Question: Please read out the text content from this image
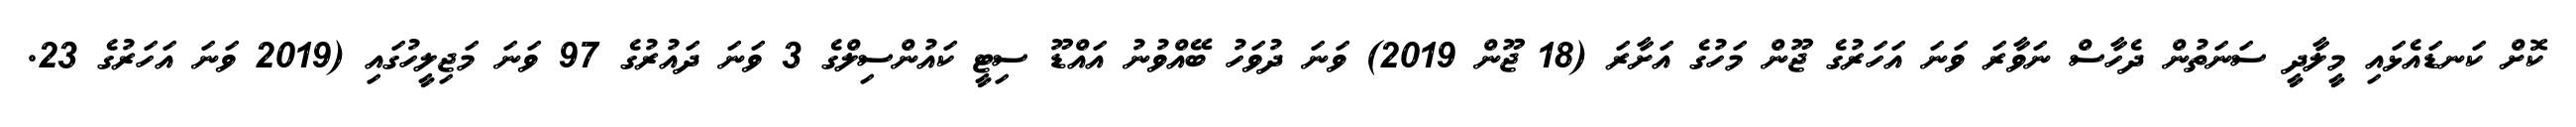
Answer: ކޮށް ކަނޑައެޅައި މީލާދީ ސަނަތުން ދެހާސް ނަވާރަ ވަނަ އަހަރުގެ ޖޫން މަހުގެ އަށާރަ (18 ޖޫން 2019) ވަނަ ދުވަހު ބޭއްވުނު އައްޑޫ ސިޓީ ކައުންސިލްގެ 3 ވަނަ ދައުރުގެ 97 ވަނަ މަޖިލީހުގައި (2019 ވަނަ އަހަރުގެ 23.